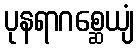
ပုနရာဂစ္ဆေယျံ